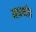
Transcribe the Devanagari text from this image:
मान्यो॥